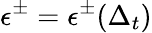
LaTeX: \epsilon^{\pm}=\epsilon^{\pm}(\Delta_{t})